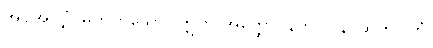
အပိုအလျှံ၊ မဟုတ်သော။ ဣတိ အတ္ထော၊ နက်။ ပန၊ ဆက်။ တံ၊